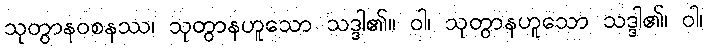
သုတွာနဝစနဿ၊ သုတွာနဟူသော သဒ္ဒါ၏။ ဝါ၊ သုတွာနဟူသော သဒ္ဒါ၏၊ ဝါ၊